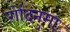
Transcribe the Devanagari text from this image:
गोंदनुमा